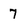
Character: 7